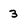
Character: 3